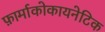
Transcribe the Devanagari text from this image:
फ़ार्माकोकायनेटिक